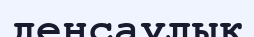
деңсаулық